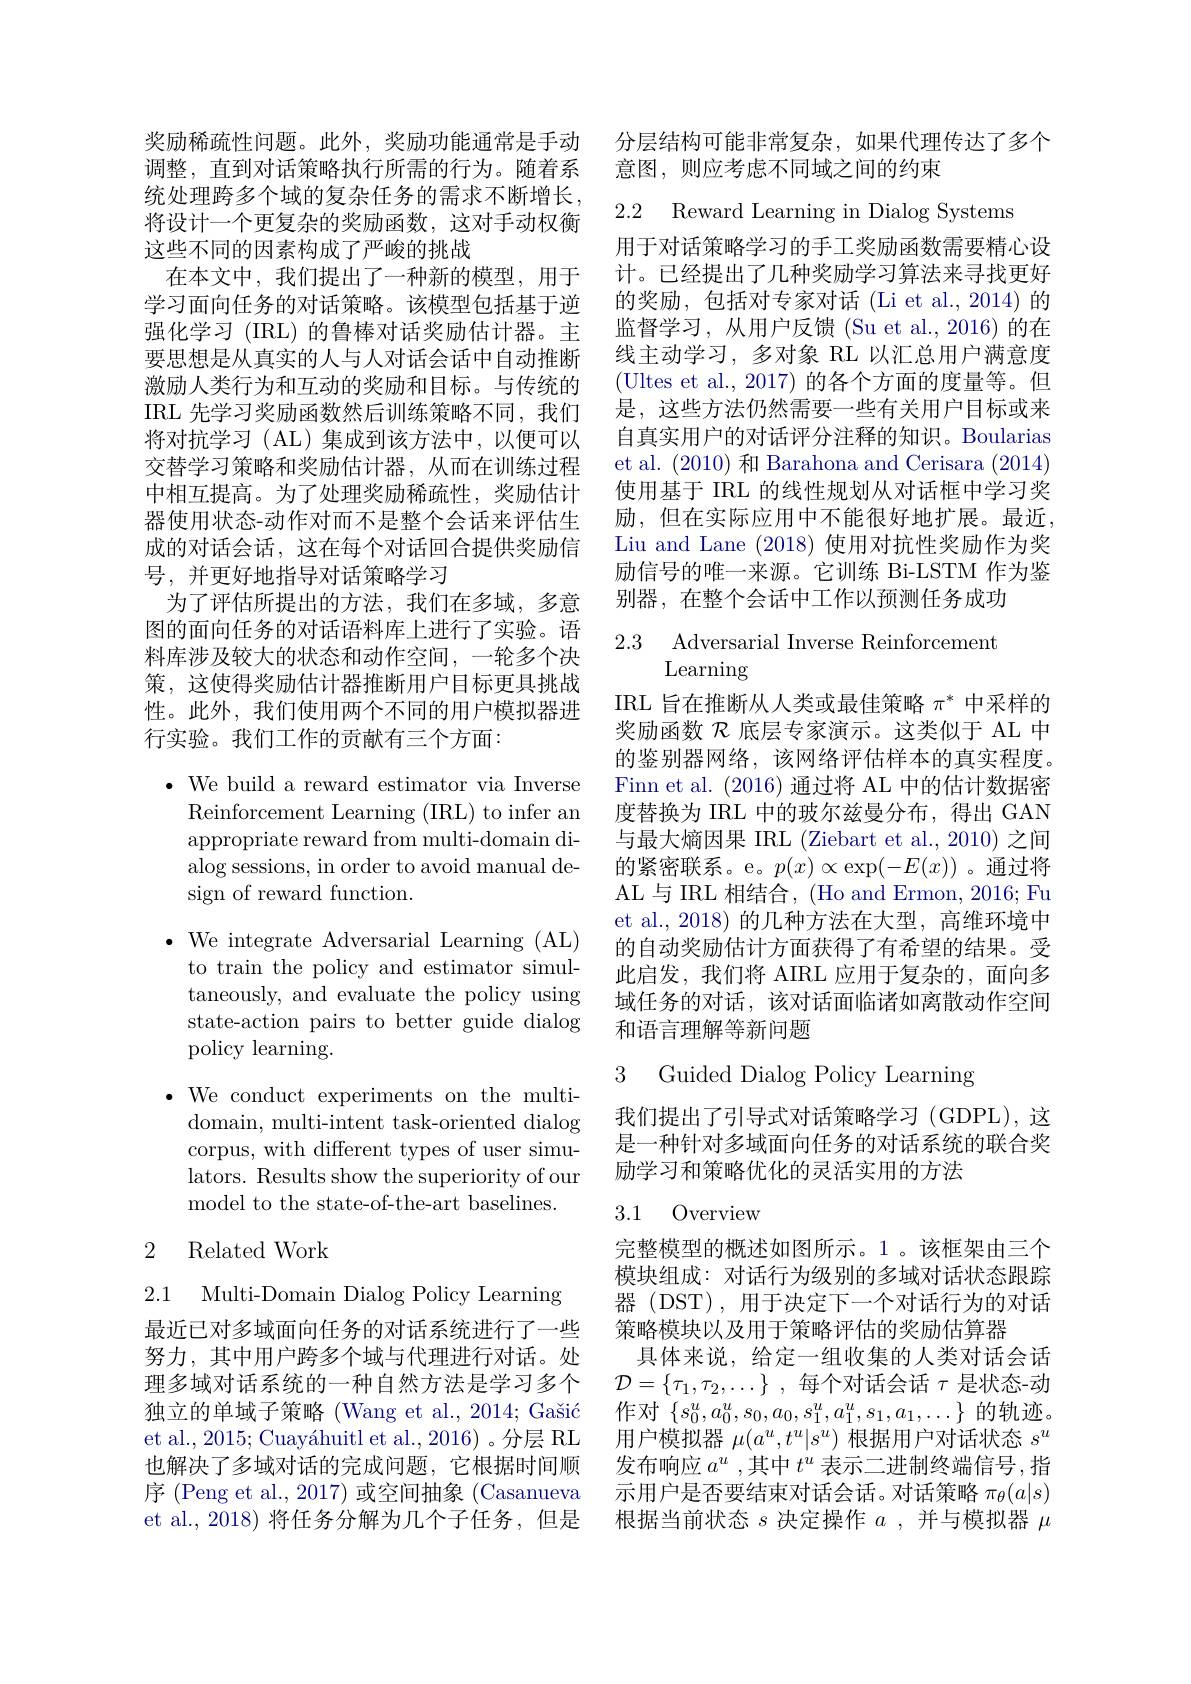
统处理跨多个域的复杂任务的需求不断增长， 将设计一个更复杂的奖励函数，这对手动权衡这些不同的因素构成了严峻的挑战
在本文中，我们提出了一种新的模型，用于学习面向任务的对话策略。该模型包括基于逆强化学习 (IRL) 的鲁棒对话奖励估计器。主要思想是从真实的人与人对话会话中自动推断激励人类行为和互动的奖励和目标。与传统的IRL 先学习奖励函数然后训练策略不同，我们将对抗学习(AL)集成到该方法中，以便可以交替学习策略和奖励估计器，从而在训练过程中相互提高。为了处理奖励稀疏性，奖励估计器使用状态-动作对而不是整个会话来评估生成的对话会话，这在每个对话回合提供奖励信号，并更好地指导对话策略学习
为了评估所提出的方法，我们在多域，多意图的面向任务的对话语料库上进行了实验。语料库涉及较大的状态和动作空间，一轮多个决策，这使得奖励估计器推断用户目标更具挑战性。此外，我们使用两个不同的用户模拟器进行实验。我们工作的贡献有三个方面：

$\bullet$ We build a reward estimator via Inverse
Reinforcement Learning (IRL) to infer an appropriate reward from multi-domain dialog sessions, in order to avoid manual design of reward function.

$\bullet$ We integrate Adversarial Learning (AL)

to train the policy and estimator simultaneously, and evaluate the policy using state-action pairs to better guide dialog policy learning.

$\bullet$We conduct experiments on the multidomain, multi-intent task-oriented dialog corpus, with different types of user simulators. Results show the superiority of our model to the state-of-the-art baselines.

## 2 Related Work

2.1 Multi-Domain Dialog Policy Learning

最近已对多域面向任务的对话系统进行了一些努力，其中用户跨多个域与代理进行对话。处理多域对话系统的一种自然方法是学习多个独立的单域子策略 (Wang et al., 2014; Gašić et al., 2015; Cuayáhuitl et al., 2016) 。分层 RL 也解决了多域对话的完成问题，它根据时间顺序 (Peng et al., 2017) 或空间抽象 (Casanueva et al., 2018) 将任务分解为几个子任务，但是

奖励稀疏性问题。此外，奖励功能通常是手动 分层结构可能非常复杂，如果代理传达了多个
调整，直到对话策略执行所需的行为。随着系 意图，则应考虑不同域之间的约束

2.2 Reward Learning in Dialog Systems

用于对话策略学习的手工奖励函数需要精心设计。已经提出了几种奖励学习算法来寻找更好的奖励，包括对专家对话(Li et al., 2014) 的监督学习，从用户反馈(Su et al.,2016)的在线主动学习，多对象 RL 以汇总用户满意度(Ultes et al., 2017)的各个方面的度量等。但是，这些方法仍然需要一些有关用户目标或来自真实用户的对话评分注释的知识。Boularias et al. (2010)和 Barahona and Cerisara (2014) 使用基于 IRL 的线性规划从对话框中学习奖励，但在实际应用中不能很好地扩展。最近， Liu and Lane (2018) 使用对抗性奖励作为奖励信号的唯一来源。它训练 Bi-LSTM 作为鉴别器，在整个会话中工作以预测任务成功

### 2.3 Adversarial Inverse Reinforcemen Learning

IRL 旨在推断从人类或最佳策略$\pi^*$中采样的奖励函数$\mathcal{R}$底层专家演示。这类似于 AL 中的鉴别器网络，该网络评估样本的真实程度。Finn et al. (2016)通过将 AL 中的估计数据密度替换为 IRL 中的玻尔兹曼分布，得出 GAN 与最大熵因果 IRL (Ziebart et al., 2010) 之间的紧密联系。e。$p(x)\propto\exp(-E(x))$ 。通过将AL 与 IRL 相结合，(Ho and Ermon, 2016; Fu et al.,2018)的几种方法在大型，高维环境中的自动奖励估计方面获得了有希望的结果。受此启发，我们将 AIRL 应用于复杂的，面向多域任务的对话，该对话面临诸如离散动作空间和语言理解等新问题

## 3 Guided Dialog Policy Learning

我们提出了引导式对话策略学习(GDPL),这是一种针对多域面向任务的对话系统的联合奖励学习和策略优化的灵活实用的方法

## 3.1 Overview

完整模型的概述如图所示。1。该框架由三个模块组成：对话行为级别的多域对话状态跟踪器 (DST), 用于决定下一个对话行为的对话策略模块以及用于策略评估的奖励估算器
具体来说，给定一组收集的人类对话会话$\mathcal{D} = \{ \tau _1, \tau _2, \ldots \}$ ,每个对话会话 $\tau$ 是状态-动作对$\{s_0^u,a_0^u,s_0,a_0,s_1^u,a_1^u,s_1,a_1,\ldots\}$的轨迹。用户模拟器$\mu(a^u,t^u|s^u)$根据用户对话状态$s^u$ 发布响应 $a^u$,其中 $t^u$ 表示二进制终端信号 ,指示用户是否要结束对话会话。对话策略$\pi_\theta(a|s)$ 根据当前状态$s$决定操作$a$,并与模拟器$\mu$